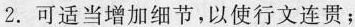
2.可适当增加细节，以使行文连贯；